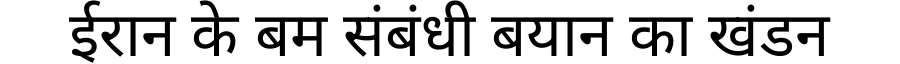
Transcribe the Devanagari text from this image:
ईरान के बम संबंधी बयान का खंडन